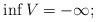
LaTeX: \begin{align*}\inf V=-\infty;\end{align*}